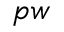
p w